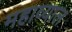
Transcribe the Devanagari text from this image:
महाव्याल